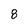
Character: 8